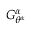
G _ { \theta ^ { \alpha } } ^ { \alpha }